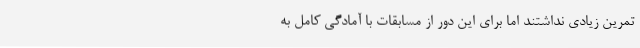
تمرین زیادی نداشتند اما برای این دور از مسابقات با آمادگی کامل به